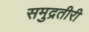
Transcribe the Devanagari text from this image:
समुद्रतीरी